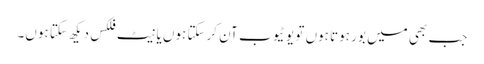
جب بھی میں بور ہوتا ہوں تو یو ٹیوب آن کرسکتا ہوں یا نیٹ فلکس دیکھ سکتا ہوں۔